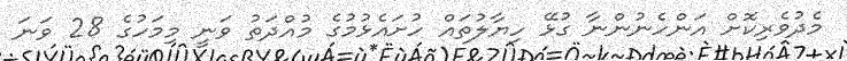
މެދުވެރިކޮށް އަންހެނުންނާ ގުޅޭ ހިޔާލުތައް ހުށައެޅުމުގެ މުއްދަތު ވަނީ މިމަހުގެ 28 ވަނަ